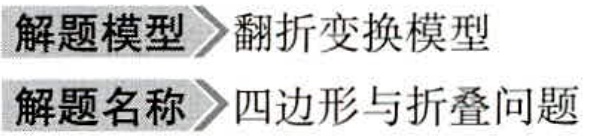
\begin{center}

解题模型$\to$翻折变换模型\\

解题名称$\to$四边形与折叠问题

\end{center}